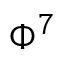
\Phi ^ { 7 }